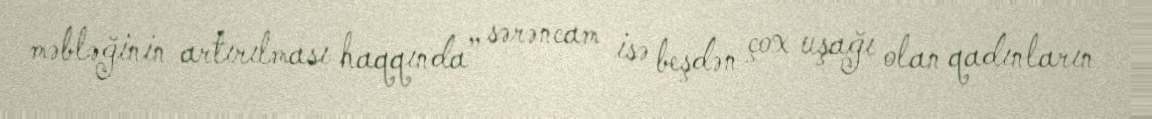
məbləğinin artırılması haqqında” sərəncam isə beşdən çox uşağı olan qadınların